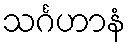
သင်္ဂဟာနံ